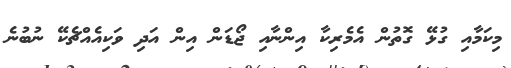
މިކަމާއި ގުޅޭ ގޮތުން އެމެރިކާ އިންނާއި ޖޯޑަން އިން އަދި ވަކިއެއްޗެކޭ ނުބުނެ